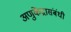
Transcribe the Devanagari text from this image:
अणुकेंद्रासंबंधी